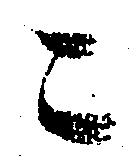
々